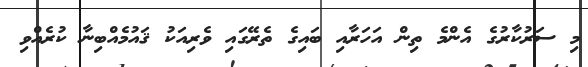
މި ސަރުކާރުގެ އެންމެ ތިން އަހަރާއި ބައިގެ ތެރޭގައި ވެރިއަކު ޤައުމެއްބިނާ ކުރެއްވި